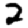
Digit: 2